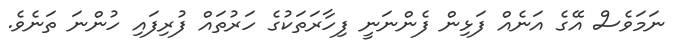
ނަމަވެސް އޭގެ އަނެއް ފަޅިން ފެންނަނީ ފިހާރަތަކުގެ ހަރުތައް ފުރިފައި ހުންނަ ތަނެވެ.